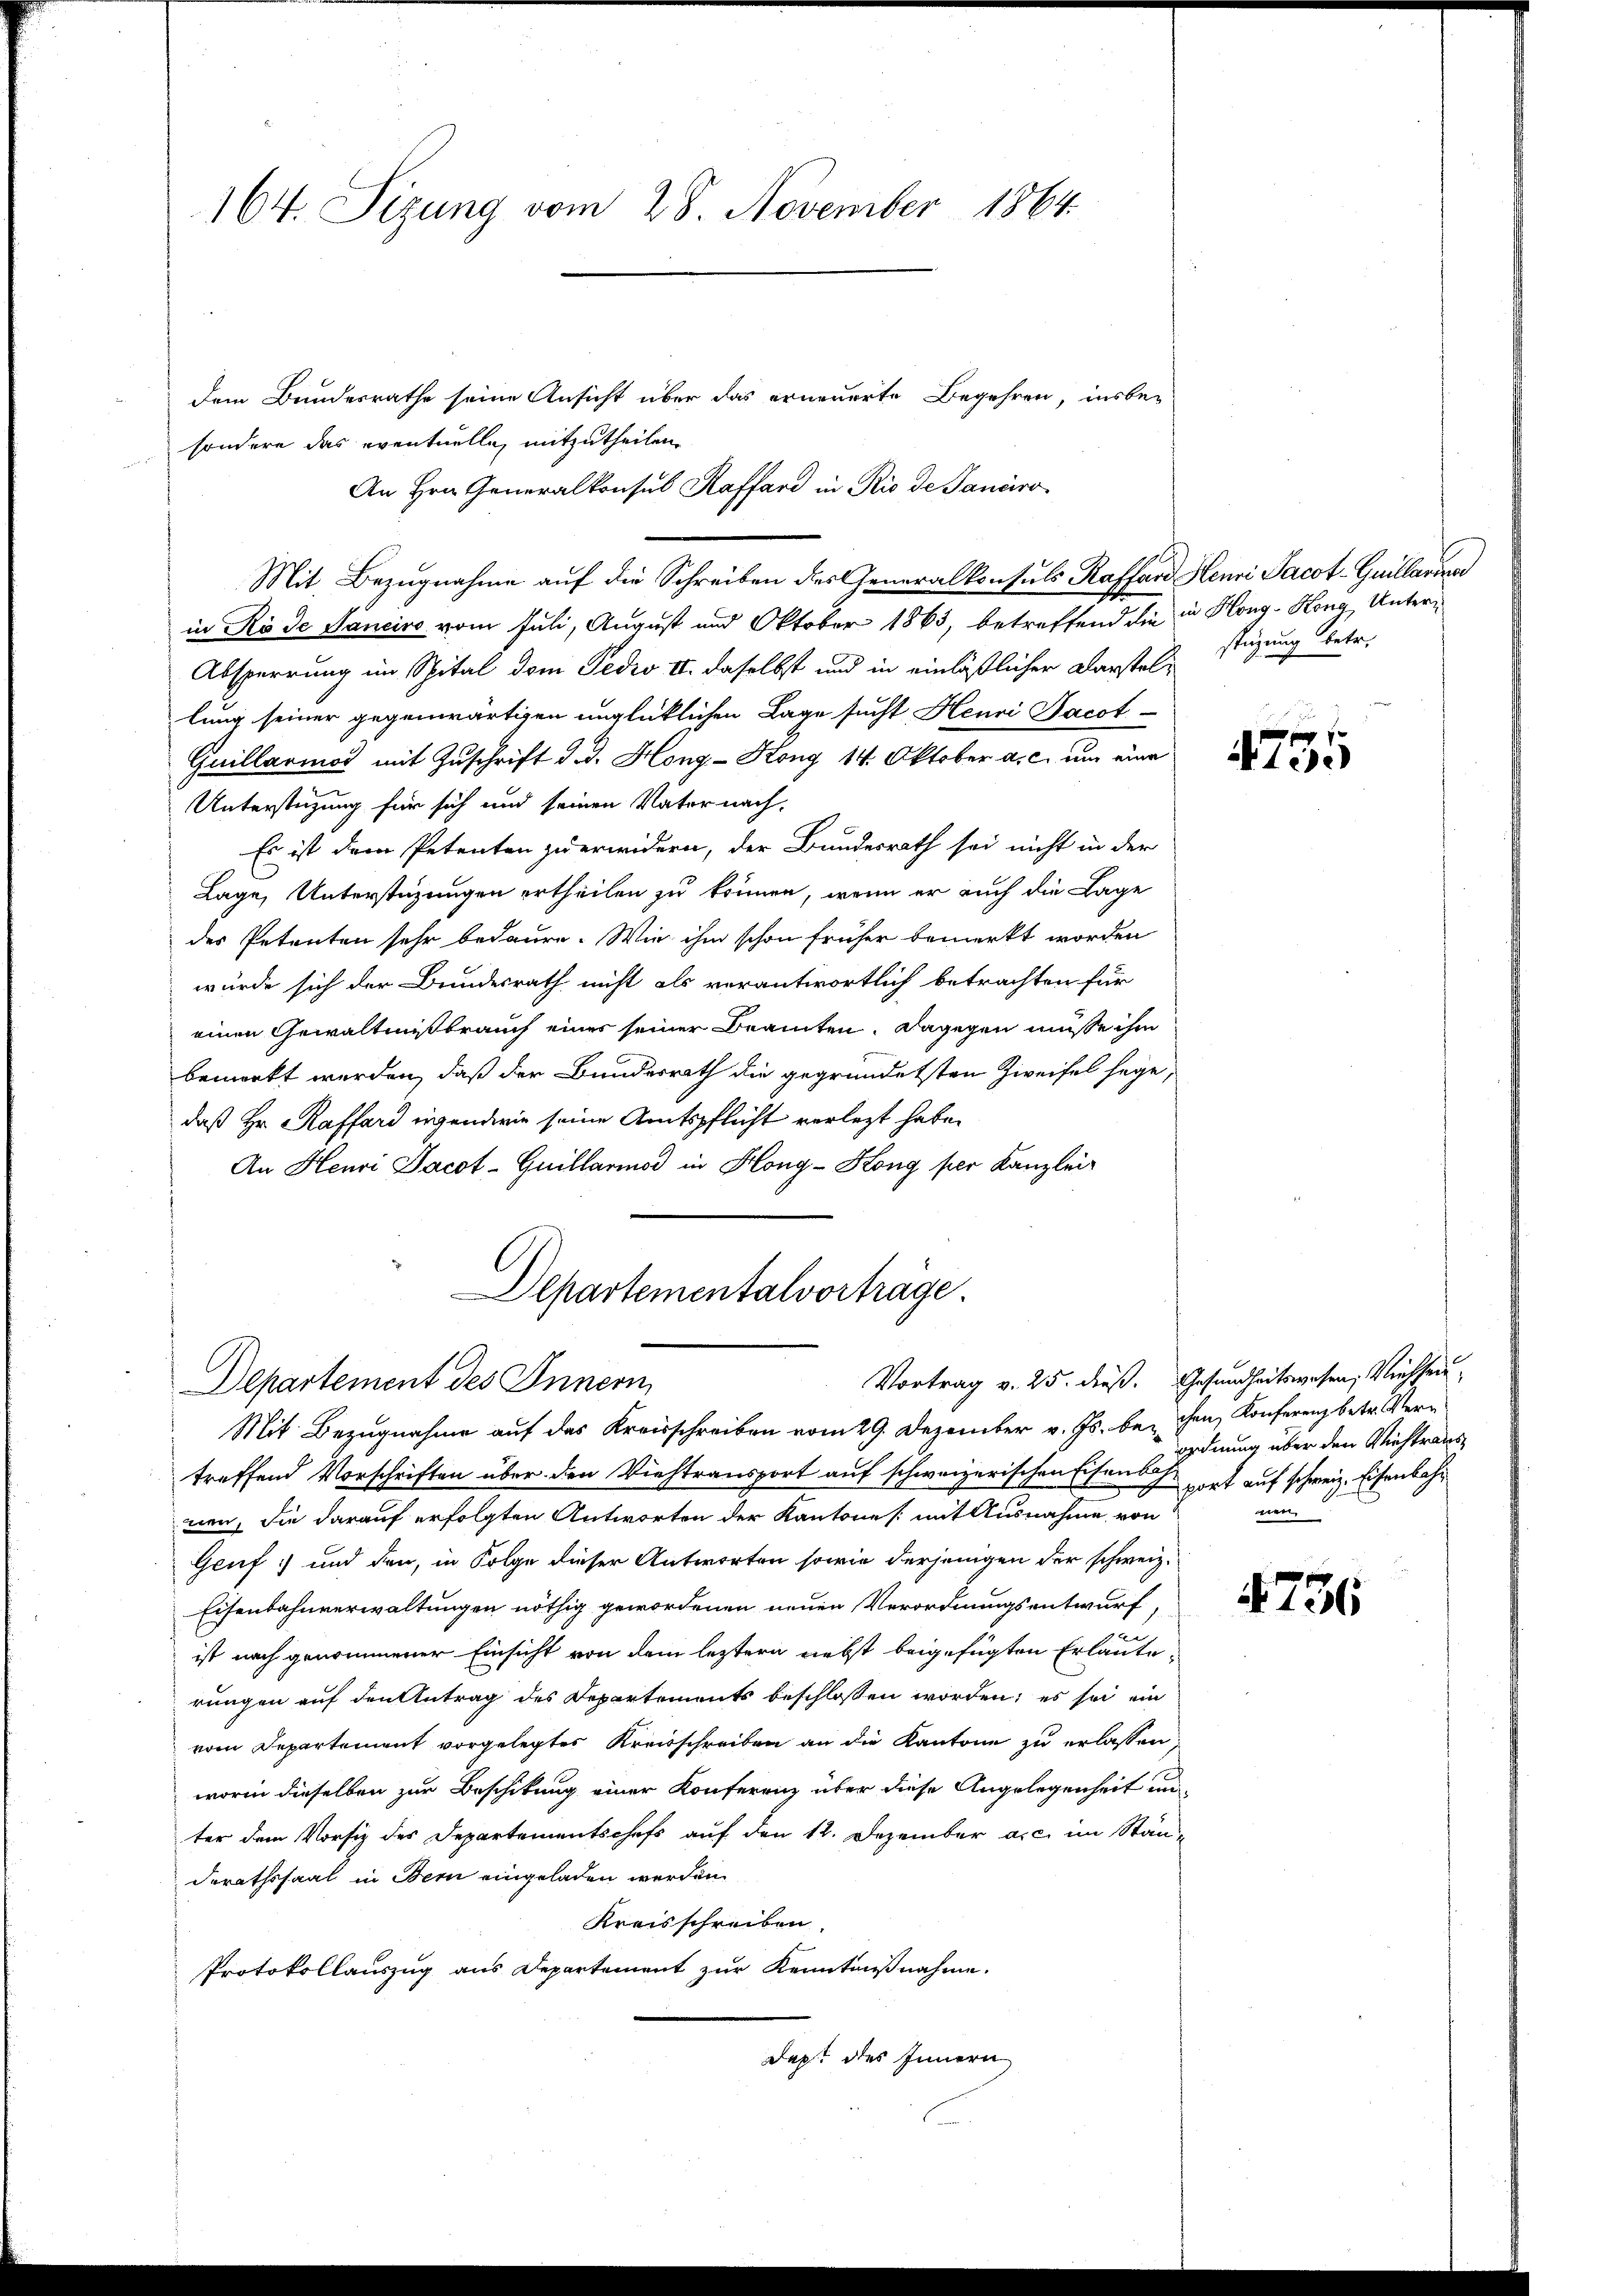
164. Sizung vom 28. November 1864.

dem Bundesrathe seine Ansicht über das erneuerte Begehren, insbe-
sondere das eventuelle, mitzutheilen.
An Hrn. Generalkonsul Kaffend in Rio de Panciro¬
Mit Bezugnahme auf die Schreiben des Generalkonsuls Kaffard Henri Jacot-Guillaria
in Röde Sanciro vom Juli, August und Oktober 1863, betreffend die in Kong-Hong, Unter¬
Absperrung im Spital dem Pedio II. daselbst und in einläßlicher Darstellung seiner gegenwärtigen unglücklichen Lage sucht Henri Jacot
Guillario mit Zuschrift d. d. Hong-Kong 14. Oktober a. c. um eine
Unterstützung für sich und seinen Vater nach,
Es ist dem Petenten zu erwidern, der Bundesrath sei nicht in der
Lage, Unterstüzungen ertheilen zu können, wenn er auch die Lage
des Petenten sehr bedaure. Wie ihm schon früher bemerkt worden
würde sich der Bundesrath nicht als verantwortlich betrachten für
einen Gewaltmißbrauch eines seiner Branten. Dagegen müsse ihm
bemerkt werden, daß der Bundesrath die gegründetsten Zweifel sage,
daß Hr. Raffard eigendwie seine Amtspflicht verlegt habe.
An Henri Jacot-Guillariod in Flong-Hong per Kanzlei-
Departementalvorträge.
Vortrag v. 25. dieß. Gesundheitswesen, Viehseu¬
Departement des Innern
Mit Bezugnahme auf das Kreisschreiben vom 29. Dezember v. Js. bei chen Konferenz betr. Vertreffend Vorschriften über den Viehtransport auf schweizerischen Eisensch port auf schweiz. Eisenbahr
nen, die darauf erfolgten Antworten der Kantone (mit Ausnahme von
Geuf: und den, in Folge dieser Antworten sowie derjenigen der schweiz.
Eisenbahnverwaltungen nöthig gewordenen neuen Verordnungsentwurf,
ist nach genommener Einsicht von dem leztern nebst beigefügten Erlaute-
rungen auf den Antrag des Departements beschlossen worden; es sei ein
vom Departement vorgelegter Kreisschreiben an die Kantone zu erlassen,
worin dieselben zur Beschikung einer Konferenz über diese Angelegenheit un
ter dem Vorsiz des Departementschefs auf den 12. Dezember a.c. im Stän-
Derathssaal in Bern eingeladen werden
Kreisschreiben.
Protokollauszug aus Departement zur Kenntnißnahme.
Dapt des Innern

stüzung betr.

4735

ordnung über den Viehtraus
nen

4736